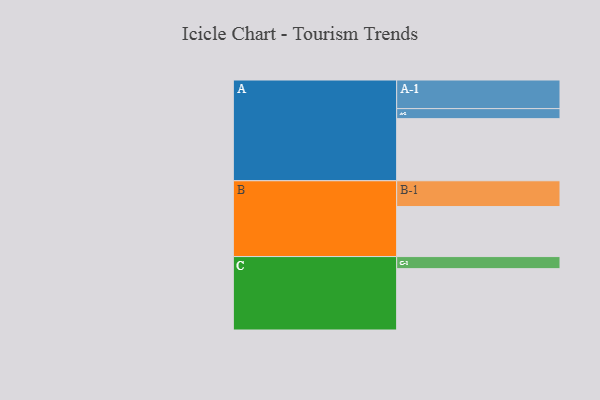
{"axis": {"x": "Segment", "y": "Value"}, "legend": ["", "A", "B", "C"], "data": [{"x": "A", "y": 575, "type": ""}, {"x": "B", "y": 463, "type": ""}, {"x": "C", "y": 568, "type": ""}, {"x": "A-1", "y": 265, "type": "A"}, {"x": "A-2", "y": 93, "type": "A"}, {"x": "B-1", "y": 239, "type": "B"}, {"x": "C-1", "y": 112, "type": "C"}]}